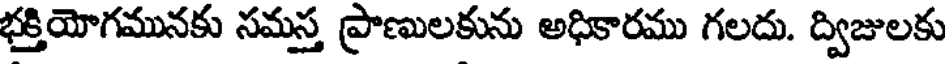
భక్తియోగమునకు సమస్త ప్రాణులకును అధికారము గలదు. ద్విజులకు